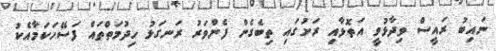
ނައިބު ރައީސް ވިދާޅުވީ އަތޮޅާއި ރަށުގައި ތިބެގެން ފެންވަރު ރަނގަޅު ހިދުމަތްތައް ފަސޭހަކަމާއެކު